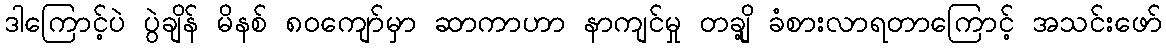
ဒါကြောင့်ပဲ ပွဲချိန် မိနစ် ၈၀ကျော်မှာ ဆာကာဟာ နာကျင်မှု တချို့ ခံစားလာရတာကြောင့် အသင်းဖော်